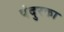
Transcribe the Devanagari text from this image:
पंदुरका